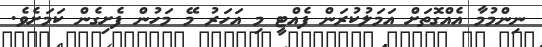
ނިންމުމާ އެއްގޮތަށް އަމަލުކުރަން ފެއްޓީ މި އަހަރު މޭ މަހުން ފެށިގެން ކަމަށެވެ.